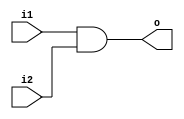
module and2(input wire i1,i2,output wire o);
assign o = i1&i2;
endmodule

module or2(input wire i1,i2,output wire o);
assign o = i1|i2;
endmodule

module tfr(input wire clk,reset,t,output reg q);

always@(posedge clk)
begin
  case({reset,t})
    2'b00 :q=q;
    2'b01 :q=~q;
    default: q=0;
  endcase
end
endmodule

module up_down_counter(input wire clk,up,reset,output wire [2:0]out);
wire[2:0] q;
wire t1,t2,t3,t4,i1,i2;
tfr tf1(clk,reset, 1'b1, q[0]);
and2 a1_1(q[0], up, t1);
and2 a1_2(!q[0], !up, t2);
or2 o1(t1, t2, i1);
tfr tf2(clk,reset, i1, q[1]);
and2 a2_1(q[1], t1, t3);
and2 a2_2(!q[1], t2, t4);
or2 o2(t3, t4, i2);
tfr tf3(clk,reset, i2, q[2]);
assign out = q;
endmodule